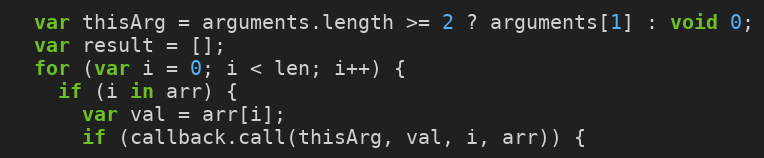
Language: JavaScript
  var thisArg = arguments.length >= 2 ? arguments[1] : void 0;
  var result = [];
  for (var i = 0; i < len; i++) {
    if (i in arr) {
      var val = arr[i];
      if (callback.call(thisArg, val, i, arr)) {